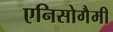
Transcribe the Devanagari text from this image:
एनिसोगैमी